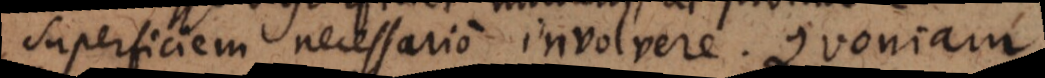
superficiem necessario involvere. Quoniam